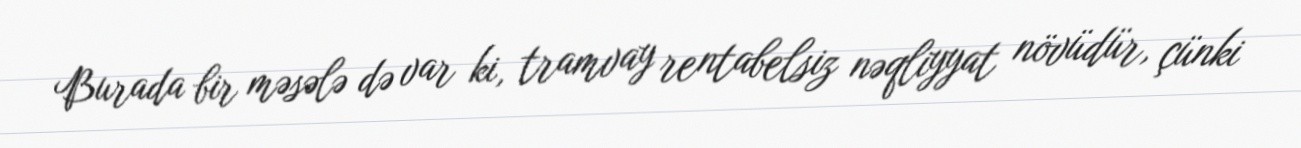
Burada bir məsələ də var ki, tramvay rentabelsiz nəqliyyat növüdür, çünki